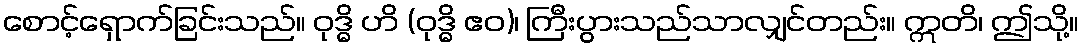
စောင့်ရှောက်ခြင်းသည်။ ဝုဒ္ဓိ ဟိ (ဝုဒ္ဓိ ဧဝ)၊ ကြီးပွားသည်သာလျှင်တည်း။ ဣတိ၊ ဤသို့။